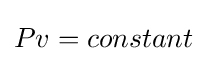
Pv=constant